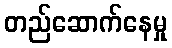
တည်ဆောက်နေမှု